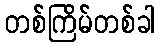
တစ်ကြိမ်တစ်ခါ